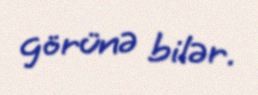
görünə bilər.